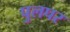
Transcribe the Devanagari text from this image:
पुलपर